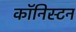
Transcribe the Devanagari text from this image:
कॉनिस्टन